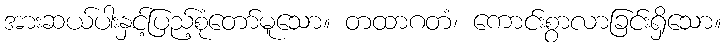
အားဆယ်ပါးနှင့်ပြည့်စုံတော်မူသော။ တထာဂတံ၊ ကောင်းစွာလာခြင်းရှိသော။